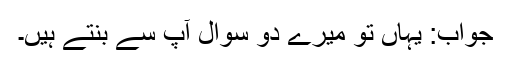
جواب: یہاں تو میرے دو سوال آپ سے بنتے ہیں۔